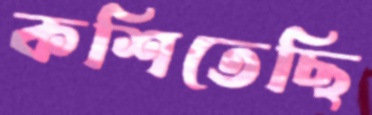
কশিতেছি